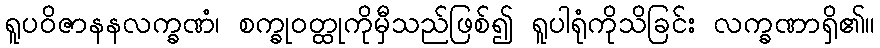
ရူပဝိဇာနနလက္ခဏံ၊ စက္ခုဝတ္ထုကိုမှီသည်ဖြစ်၍ ရူပါရုံကိုသိခြင်း လက္ခဏာရှိ၏။